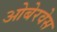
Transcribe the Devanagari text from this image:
ओबेरवेस